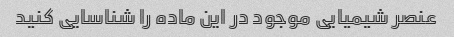
عنصر شیمیایی موجود در این ماده را شناسایی کنید